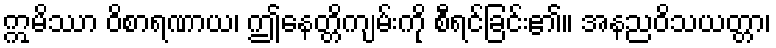
ဣမိဿာ ဝိစာရဏာယ၊ ဤနေတ္တိကျမ်းကို စီရင်ခြင်း၏။ အနညဝိသယတ္တာ၊